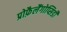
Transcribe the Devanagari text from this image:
प्रोफ़ैलैंगोप्सिडी